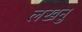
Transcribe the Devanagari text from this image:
लखनु